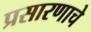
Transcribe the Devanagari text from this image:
प्रसारणाचे